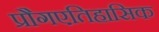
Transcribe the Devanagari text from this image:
प्रौगएतिहासिक